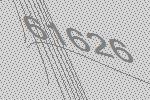
61626